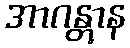
အာဂန္တွာန